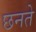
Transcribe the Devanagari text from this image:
छनते